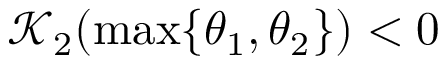
\mathscr { K } _ { 2 } ( \operatorname* { m a x } \{ \theta _ { 1 } , \theta _ { 2 } \} ) < 0